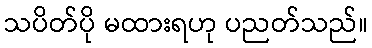
သပိတ်ပို မထားရဟု ပညတ်သည်။